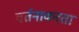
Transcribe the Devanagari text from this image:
वर्तनाकरता